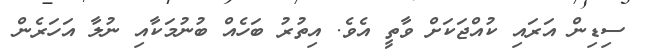
ސިޑިން އަރައި ކުއްޖަކަށް ވާތީ އެވެ. އިތުރު ބަހެއް ބުނުމަކާއި ނުލާ އަހަރެން